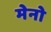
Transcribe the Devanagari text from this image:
मेनो